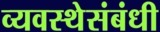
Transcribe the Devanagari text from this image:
व्यवस्थेसंबंधी